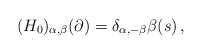
\begin{align*}(H_0)_{\alpha,\beta}(\partial)=\delta_{\alpha,-\beta}\beta(s)\,,\end{align*}